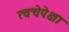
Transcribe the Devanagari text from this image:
त्वचेपेक्षा